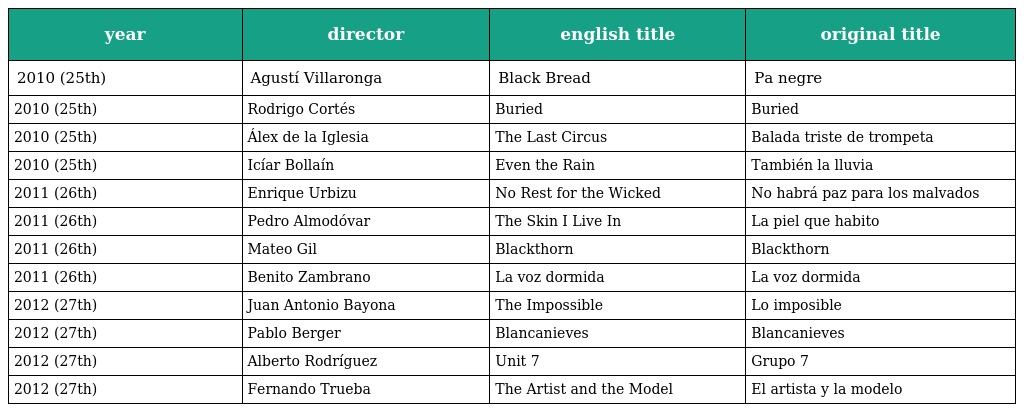
| year | director | english title | original title |
 | --- | --- | --- | --- |
 | 2010 (25th) | Agustí Villaronga | Black Bread | Pa negre |
 | 2010 (25th) | Rodrigo Cortés | Buried | Buried |
 | 2010 (25th) | Álex de la Iglesia | The Last Circus | Balada triste de trompeta |
 | 2010 (25th) | Icíar Bollaín | Even the Rain | También la lluvia |
 | 2011 (26th) | Enrique Urbizu | No Rest for the Wicked | No habrá paz para los malvados |
 | 2011 (26th) | Pedro Almodóvar | The Skin I Live In | La piel que habito |
 | 2011 (26th) | Mateo Gil | Blackthorn | Blackthorn |
 | 2011 (26th) | Benito Zambrano | La voz dormida | La voz dormida |
 | 2012 (27th) | Juan Antonio Bayona | The Impossible | Lo imposible |
 | 2012 (27th) | Pablo Berger | Blancanieves | Blancanieves |
 | 2012 (27th) | Alberto Rodríguez | Unit 7 | Grupo 7 |
 | 2012 (27th) | Fernando Trueba | The Artist and the Model | El artista y la modelo |